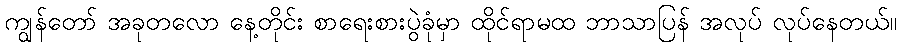
ကျွန်တော် အခုတလော နေ့တိုင်း စာရေးစားပွဲခုံမှာ ထိုင်ရာမထ ဘာသာပြန် အလုပ် လုပ်နေတယ်။